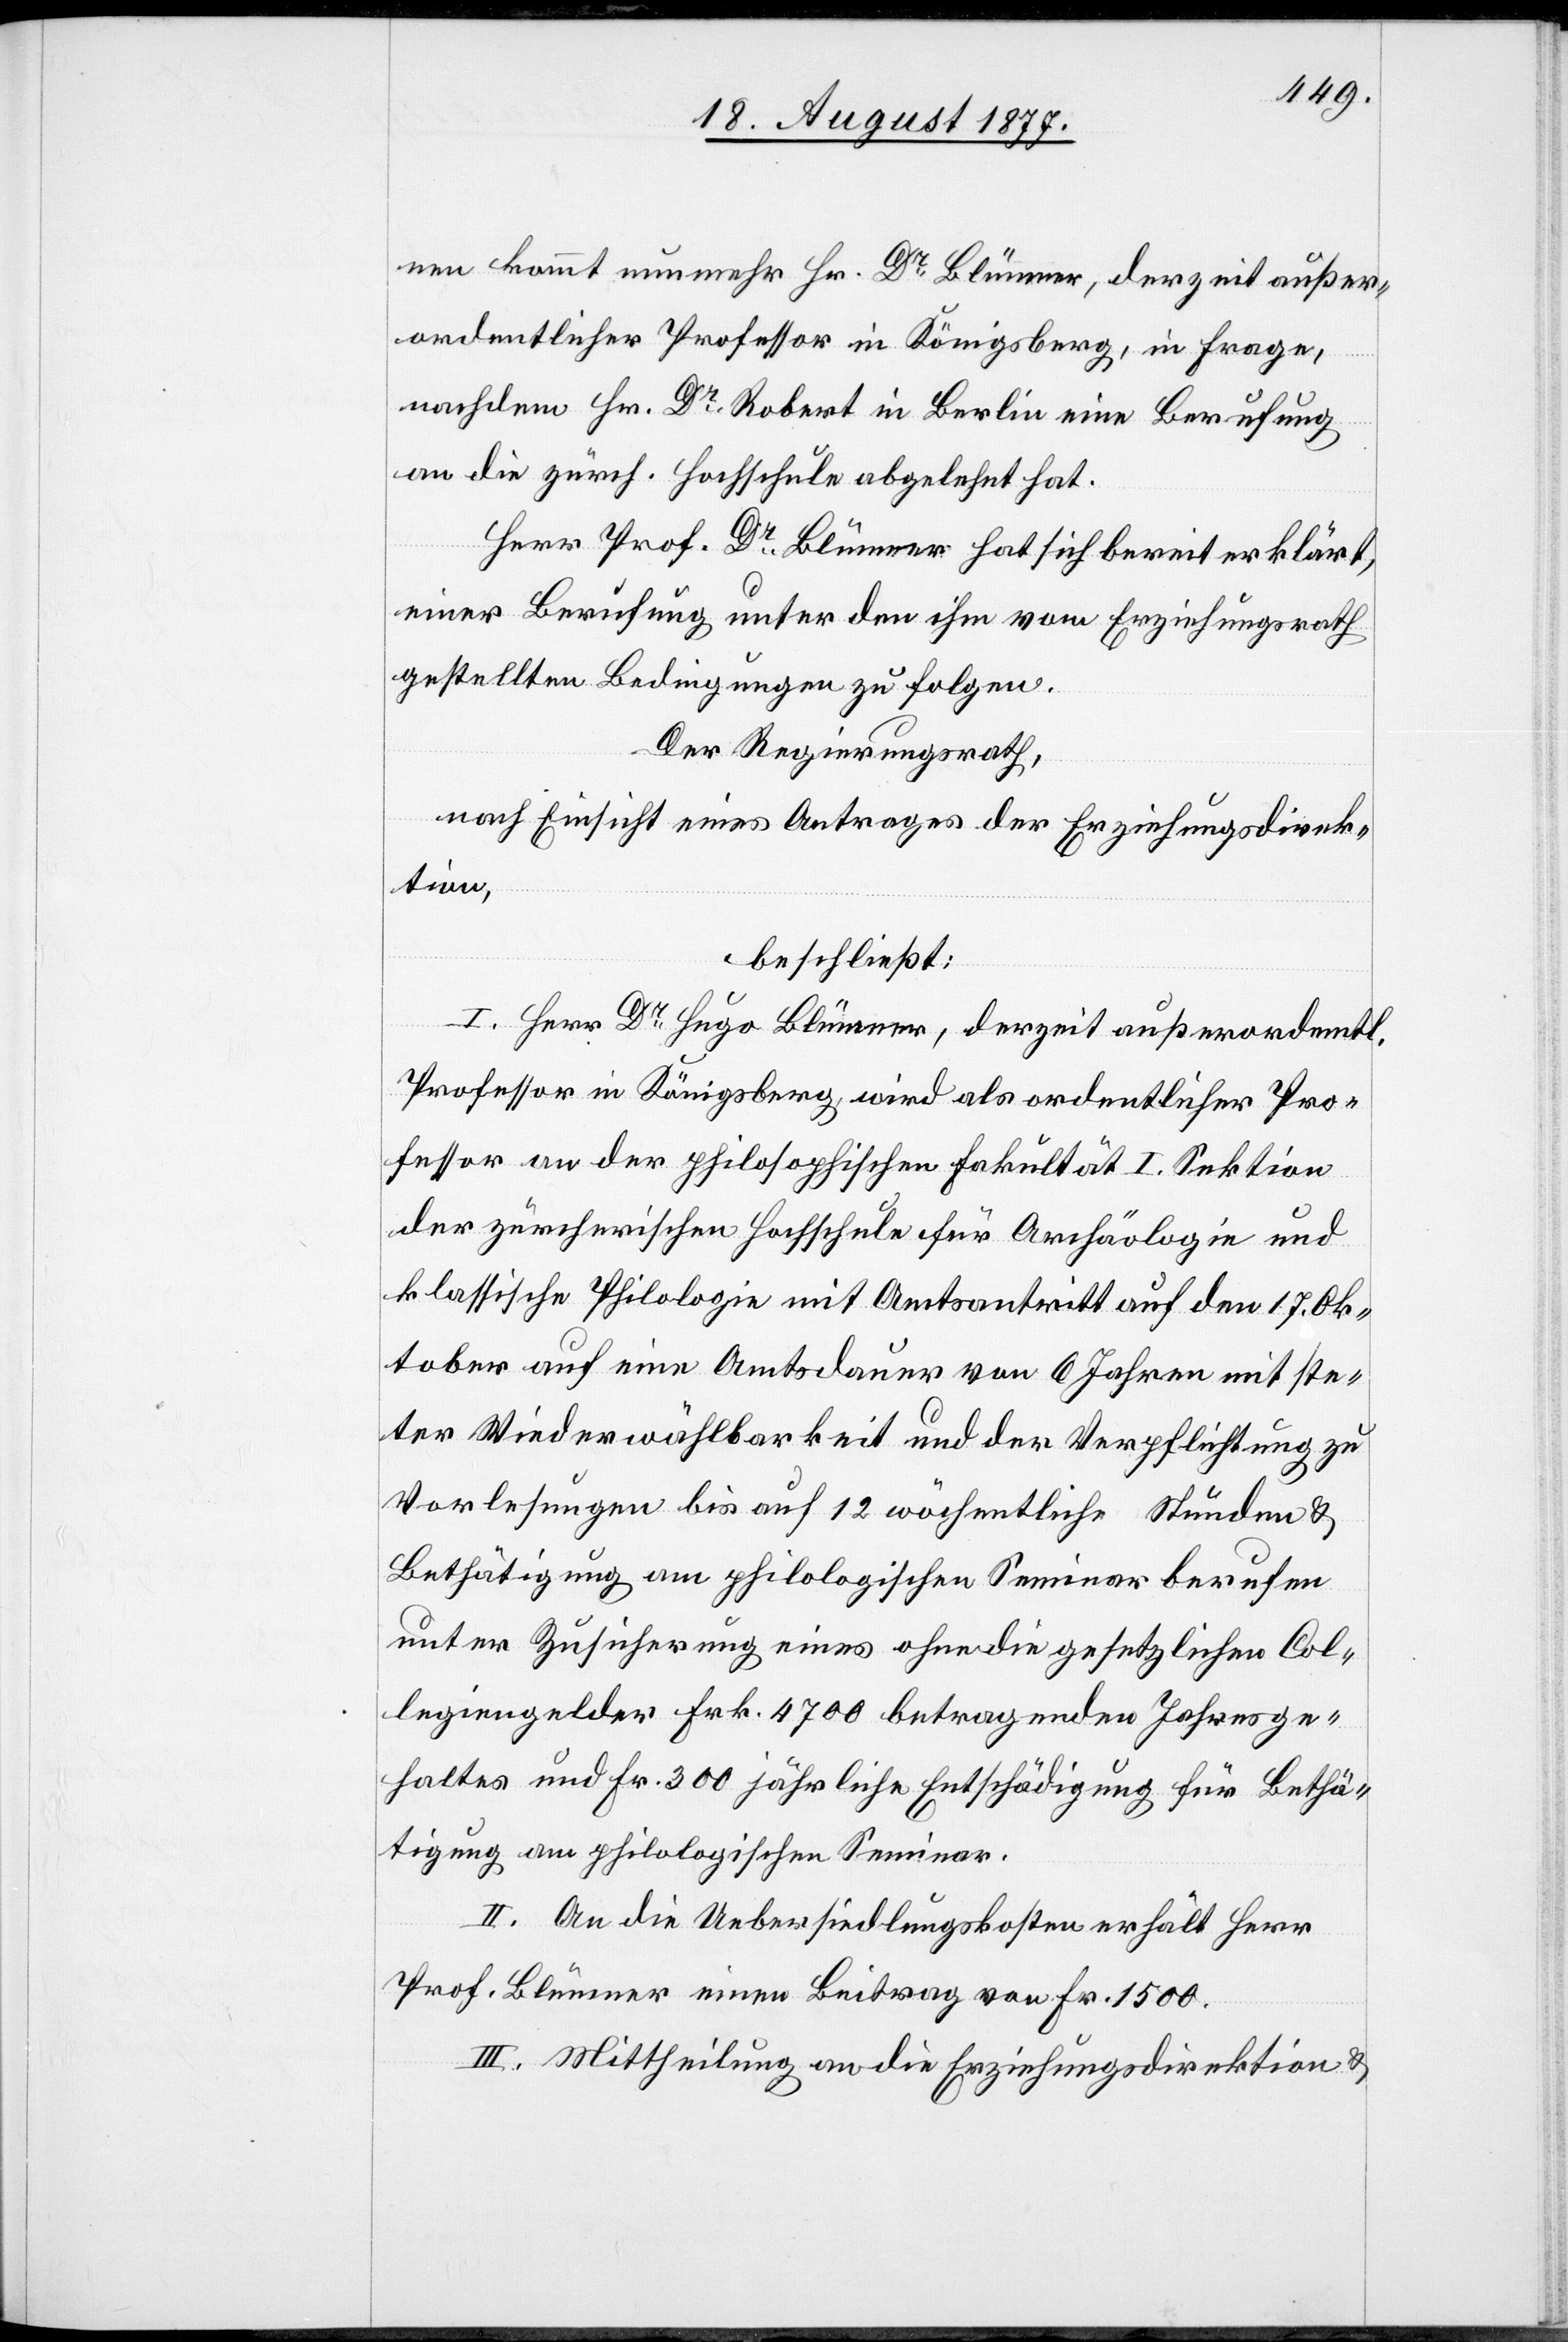
nen kommt nunmehr Hr. Dr Blümner, derzeit außer¬
ordentlicher Professor in Königsberg, in Frage,
nachdem Hr. Dr Robert in Berlin eine Berufung
an die zürch. Hochschule abgelehnt hat.
Herr Prof. Dr Blümner hat sich bereit erklärt,
einer Berufung unter den ihm vom Erziehungsrath
gestellten Bedingungen zu folgen.
Der Regierungsrath,
nach Einsicht eines Antrages der Erziehungsdirek¬
tion,
beschließt:
I. Herr Dr Hugo Blümner, derzeit außerordentl.
Professor in Königsberg, wird als ordentlicher Pro¬
fessor an der philosophischen Fakultät I. Sektion
der zürcherischen Hochschule für Archäologie und
klassische Philologie mit Amtsantritt auf den 17. Ok¬
tober auf eine Amtsdauer von 6 Jahren mit ste¬
ter Wiederwählbarkeit und der Verpflichtung zu
Vorlesungen bis auf 12 wöchentliche Stunden &
Bethätigung am philologischen Seminar berufen
unter Zusicherung eines ohne die gesetzlichen Col¬
legiengelder Frk. 4700 betragenden Jahresge¬
haltes und Fr. 300 jährliche Entschädigung für Bethä¬
tigung am philologischen Seminar.
II. An die Uebersiedlungskosten erhält Herr
Prof. Blümner einen Beitrag von Fr. 1500.
III. Mittheilung an die Erziehungsdirektion &